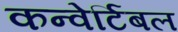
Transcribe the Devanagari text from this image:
कन्वेर्टिबल